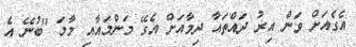
އެގެއަށް ވަން އިރު ދައްތައާ ދިމާއަށް އެގޭ މަންމައާއި މާމަ "ބުނޭ އެ